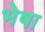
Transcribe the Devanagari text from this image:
भेषा